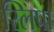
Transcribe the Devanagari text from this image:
स्लिपा